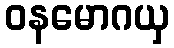
ဝနမောဂယှ